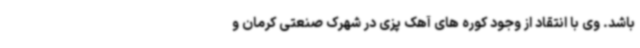
باشد. وی با انتقاد از وجود کوره های آهک پزی در شهرک صنعتی کرمان و